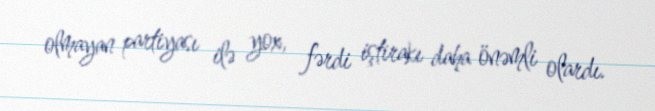
olmayan partiyası ilə yox, fərdi iştirakı daha önəmli olardı.